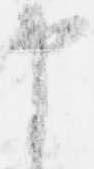
申